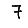
Digit: 7